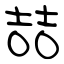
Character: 喆